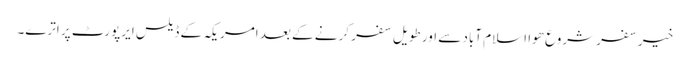
خیر سفر شروع ھوا اسلام آباد سے اور طویل سفر کرنے کے بعد امریکہ کے ڈیلس ایرپورٹ پر اترے۔